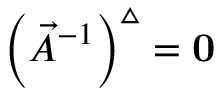
\left( \vec { A } ^ { - 1 } \right) ^ { \vartriangle } = { \bf 0 }